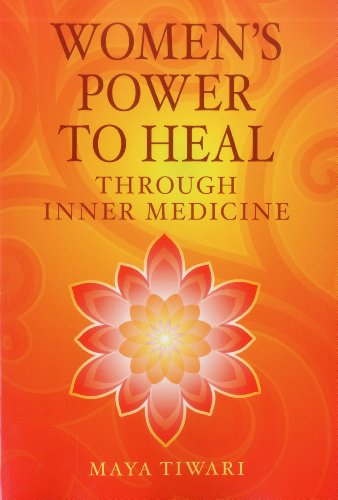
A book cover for Women's Power to Heal: Through Inner Medicine; Maya Tiwari; Health, Fitness & Dieting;